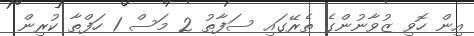
އިން ހޮވި ޒުވާނުންގެ ތެރޭގައި ސަފާތު 2 މަސް 1 ހަފްތާ ކުރިން